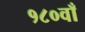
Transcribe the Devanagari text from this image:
१८०वाँ